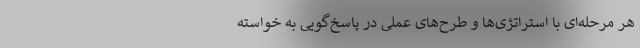
هر مرحله‌ای با استراتژی‌ها و طرح‌های عملی در پاسخ‌گویی به خواسته‌